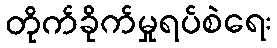
တိုက်ခိုက်မှုရပ်စဲရေး